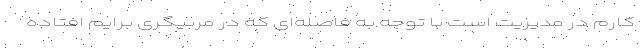
کارم در مدیریت است با توجه به فاصله‌ای که در مربیگری برایم افتاده